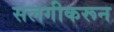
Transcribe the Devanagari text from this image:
सलगीकरून